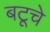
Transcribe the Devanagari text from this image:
बटूचे